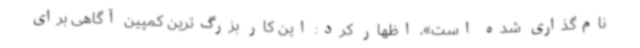
نام‌گذاری شده است»، اظهار کرد: این کار بزرگ‌ترین کمپین آگاهی برای